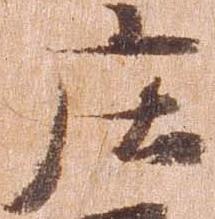
庄